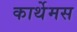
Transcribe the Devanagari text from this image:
कार्थेमस